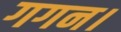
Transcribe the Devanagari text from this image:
गगन।